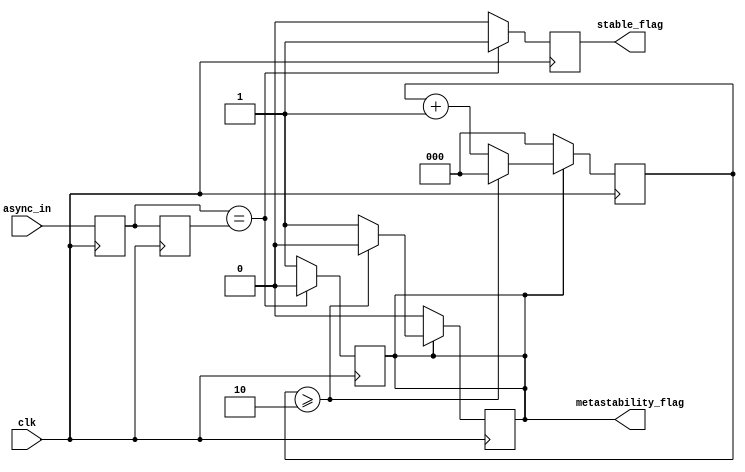
module metastability_detector (
    input wire clk,              // Clock signal
    input wire async_in,         // Asynchronous input signal to be monitored
    output reg metastability_flag, // Flag indicating metastability
    output reg stable_flag        // Flag indicating the output has stabilized
);

    // Internal signals for latches
    reg latch1_out;               // Output of the first latch
    reg latch2_out;               // Output of the second latch

    // Parameters to define metastability detection thresholds
    parameter METASTABLE_TIME_THRESHOLD = 2; // Example threshold for time cycle checking

    // Latch behavior on clock rising edge
    always @(posedge clk) begin
        latch1_out <= async_in; // Sample async input into the first latch
    end

    // Second latch capturing the output of the first latch
    always @(posedge clk) begin
        latch2_out <= latch1_out; // Sample output of the first latch into the second latch
    end

    // Detecting metastability based on behavior of latch outputs
    always @(posedge clk) begin
        if (latch1_out == latch2_out) begin
            metastability_flag <= 1'b0; // No metastability detected, stable
            stable_flag <= 1'b1;         // Stable state confirmed
        end else begin
            metastability_flag <= 1'b1;  // Metastability may have occurred
            stable_flag <= 1'b0;         // Output not stable yet
        end
    end

    // Optional: Implementing a metastability resolution delay
    reg [2:0] metastability_counter; // Counter to enforce resolution time

    always @(posedge clk) begin
        if (metastability_flag) begin
            metastability_counter <= metastability_counter + 1;
            if (metastability_counter >= METASTABLE_TIME_THRESHOLD) begin
                metastability_flag <= 1'b0; // Reset the metastability flag after threshold
                metastability_counter <= 3'b000; // Reset the counter
            end
        end else begin
            metastability_counter <= 3'b000; // Reset counter on stable indication
        end
    end

endmodule